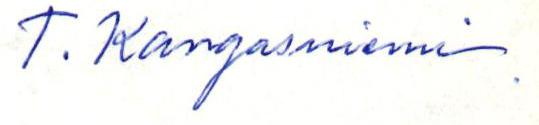
T. Kangasniemi